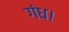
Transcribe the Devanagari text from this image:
गंध।